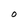
Character: O